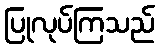
ပြုလုပ်ကြသည်